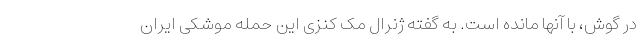
در گوش، با آنها مانده است. به گفته ژنرال مک کنزی این حمله موشکی ایران